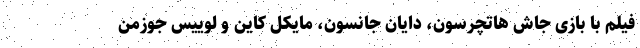
فیلم با بازی جاش هاتچرسون، دایان جانسون، مایکل کاین و لوییس جوزمن